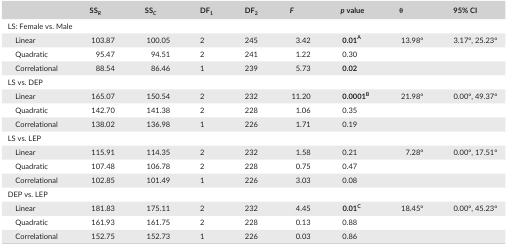
<table><thead><tr><td></td><td><b>SS<sub><i>R</i></sub></b></td><td><b>SS<sub><i>C</i></sub></b></td><td><b>DF<sub>1</sub></b></td><td><b>DF<sub>2</sub></b></td><td><b><i>F</i></b></td><td><b><i>p</i> value</b></td><td><b>θ</b></td><td><b>95% CI</b></td></tr></thead><tbody><tr><td colspan="9">LS: Female vs. Male</td></tr><tr><td>Linear</td><td>103.87</td><td>100.05</td><td>2</td><td>245</td><td>3.42</td><td><b>0.01</b><sup><b>A</b></sup></td><td>13.98°</td><td>3.17°, 25.23°</td></tr><tr><td>Quadratic</td><td>95.47</td><td>94.51</td><td>2</td><td>241</td><td>1.22</td><td>0.30</td><td></td><td></td></tr><tr><td>Correlational</td><td>88.54</td><td>86.46</td><td>1</td><td>239</td><td>5.73</td><td><b>0.02</b></td><td></td><td></td></tr><tr><td colspan="9">LS vs. DEP</td></tr><tr><td>Linear</td><td>165.07</td><td>150.54</td><td>2</td><td>232</td><td>11.20</td><td><b>0.0001</b><sup><b>B</b></sup></td><td>21.98°</td><td>0.00°, 49.37°</td></tr><tr><td>Quadratic</td><td>142.70</td><td>141.38</td><td>2</td><td>228</td><td>1.06</td><td>0.35</td><td></td><td></td></tr><tr><td>Correlational</td><td>138.02</td><td>136.98</td><td>1</td><td>226</td><td>1.71</td><td>0.19</td><td></td><td></td></tr><tr><td colspan="9">LS vs. LEP</td></tr><tr><td>Linear</td><td>115.91</td><td>114.35</td><td>2</td><td>232</td><td>1.58</td><td>0.21</td><td>7.28°</td><td>0.00°, 17.51°</td></tr><tr><td>Quadratic</td><td>107.48</td><td>106.78</td><td>2</td><td>228</td><td>0.75</td><td>0.47</td><td></td><td></td></tr><tr><td>Correlational</td><td>102.85</td><td>101.49</td><td>1</td><td>226</td><td>3.03</td><td>0.08</td><td></td><td></td></tr><tr><td colspan="9">DEP vs. LEP</td></tr><tr><td>Linear</td><td>181.83</td><td>175.11</td><td>2</td><td>232</td><td>4.45</td><td><b>0.01</b><sup><b>C</b></sup></td><td>18.45°</td><td>0.00°, 45.23°</td></tr><tr><td>Quadratic</td><td>161.93</td><td>161.75</td><td>2</td><td>228</td><td>0.13</td><td>0.88</td><td></td><td></td></tr><tr><td>Correlational</td><td>152.75</td><td>152.73</td><td>1</td><td>226</td><td>0.03</td><td>0.86</td><td></td><td></td></tr></tbody></table>